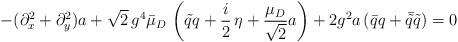
LaTeX: \begin{align*}-(\partial_x^2+\partial_y^2) a +\sqrt{2}\,g^{4}\bar\mu_D\,\left(\tilde{q}q+\frac i2\,\eta +\frac{\mu_{D}}{\sqrt{2}}a\right)+ 2g^2 a\left(\bar{q}q+\bar{\tilde{q}}\tilde{q}\right)=0\end{align*}